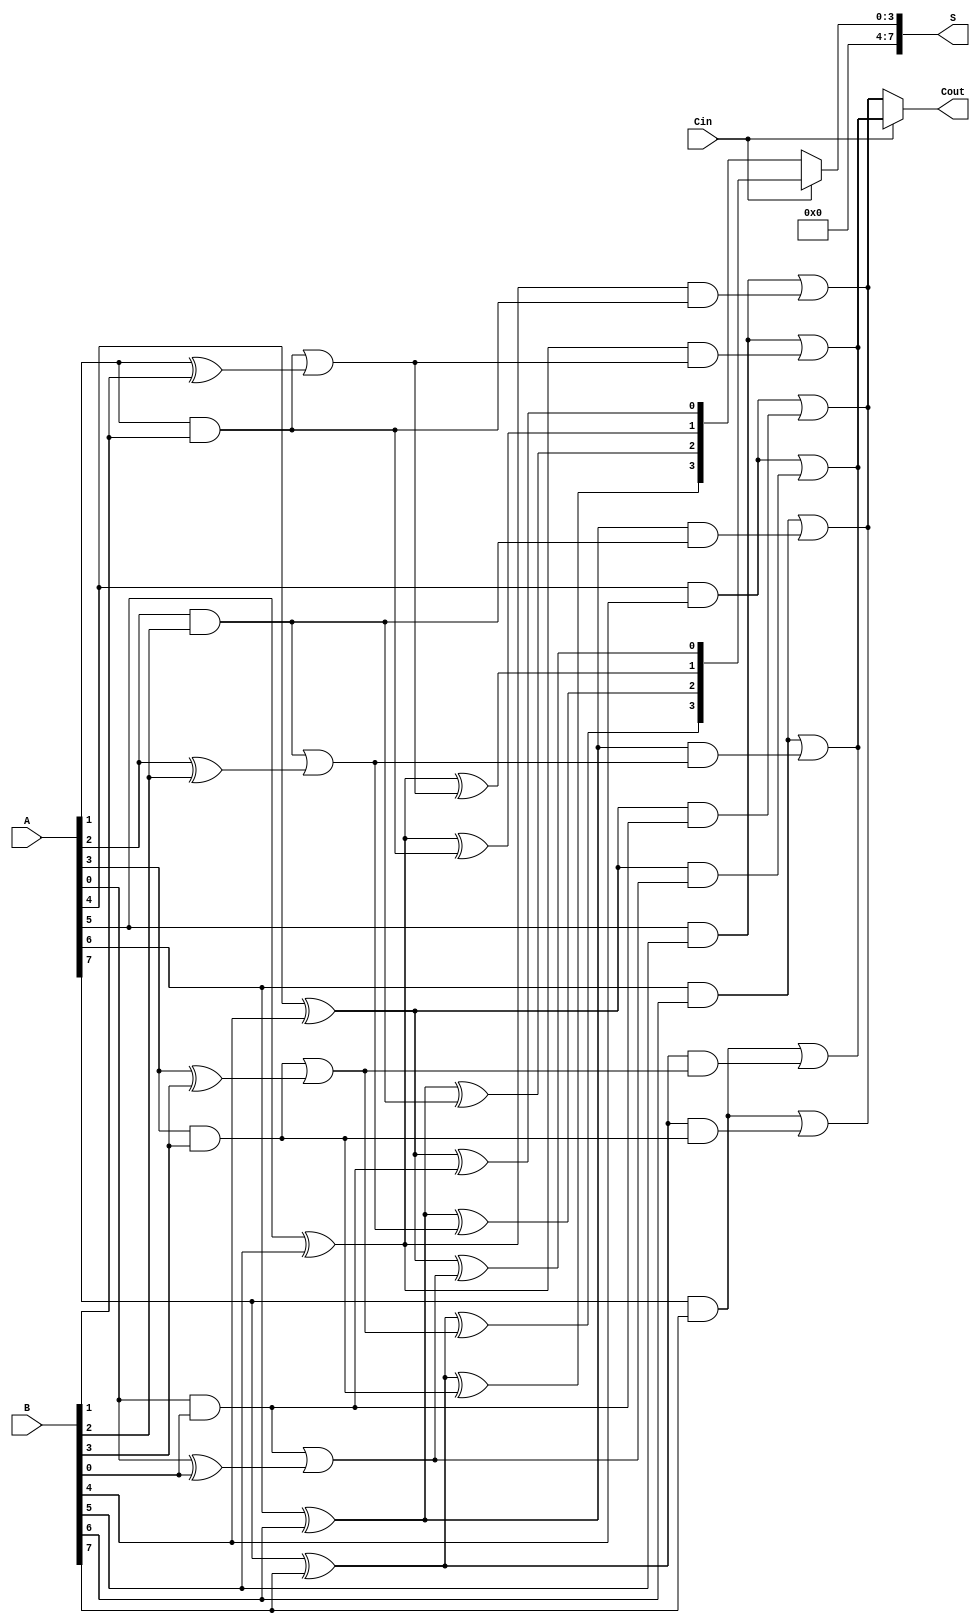
module CCSA #(parameter N = 8) (
    input  [N-1:0] A,      // First n-bit input
    input  [N-1:0] B,      // Second n-bit input
    input         Cin,      // Carry-in
    output [N-1:0] S,      // n-bit sum output
    output        Cout      // Carry-out
);

    // Intermediate signals for sums and carries
    wire [N/2-1:0] S0, S1; // Sums for Cin = 0 and Cin = 1
    wire [N/2-1:0] C0, C1; // Carries for Cin = 0 and Cin = 1

    // First segment (lower half)
    generate
        genvar i;
        for (i = 0; i < N/2; i = i + 1) begin : segment1
            assign S0[i] = A[i] ^ B[i] ^ 0; // Sum for Cin = 0
            assign C0[i] = (A[i] & B[i]) | ((A[i] ^ B[i]) & 0); // Carry for Cin = 0

            assign S1[i] = A[i] ^ B[i] ^ 1; // Sum for Cin = 1
            assign C1[i] = (A[i] & B[i]) | ((A[i] ^ B[i]) & 1); // Carry for Cin = 1
        end
    endgenerate

    // Second segment (upper half)
    wire [N/2-1:0] S2, S3; // Sums for Cin = 0 and Cin = 1
    wire C2, C3;           // Carries for Cin = 0 and Cin = 1

    generate
        for (i = N/2; i < N; i = i + 1) begin : segment2
            assign S2[i-N/2] = A[i] ^ B[i] ^ C0[i-N/2]; // Sum for Cin = 0
            assign C2 = (A[i] & B[i]) | ((A[i] ^ B[i]) & C0[i-N/2]); // Carry for Cin = 0

            assign S3[i-N/2] = A[i] ^ B[i] ^ C1[i-N/2]; // Sum for Cin = 1
            assign C3 = (A[i] & B[i]) | ((A[i] ^ B[i]) & C1[i-N/2]); // Carry for Cin = 1
        end
    endgenerate

    // Final sum and carry selection
    assign S = Cin ? S3 : S2; // Select sum based on Cin
    assign Cout = Cin ? C3 : C2; // Select carry based on Cin

endmodule